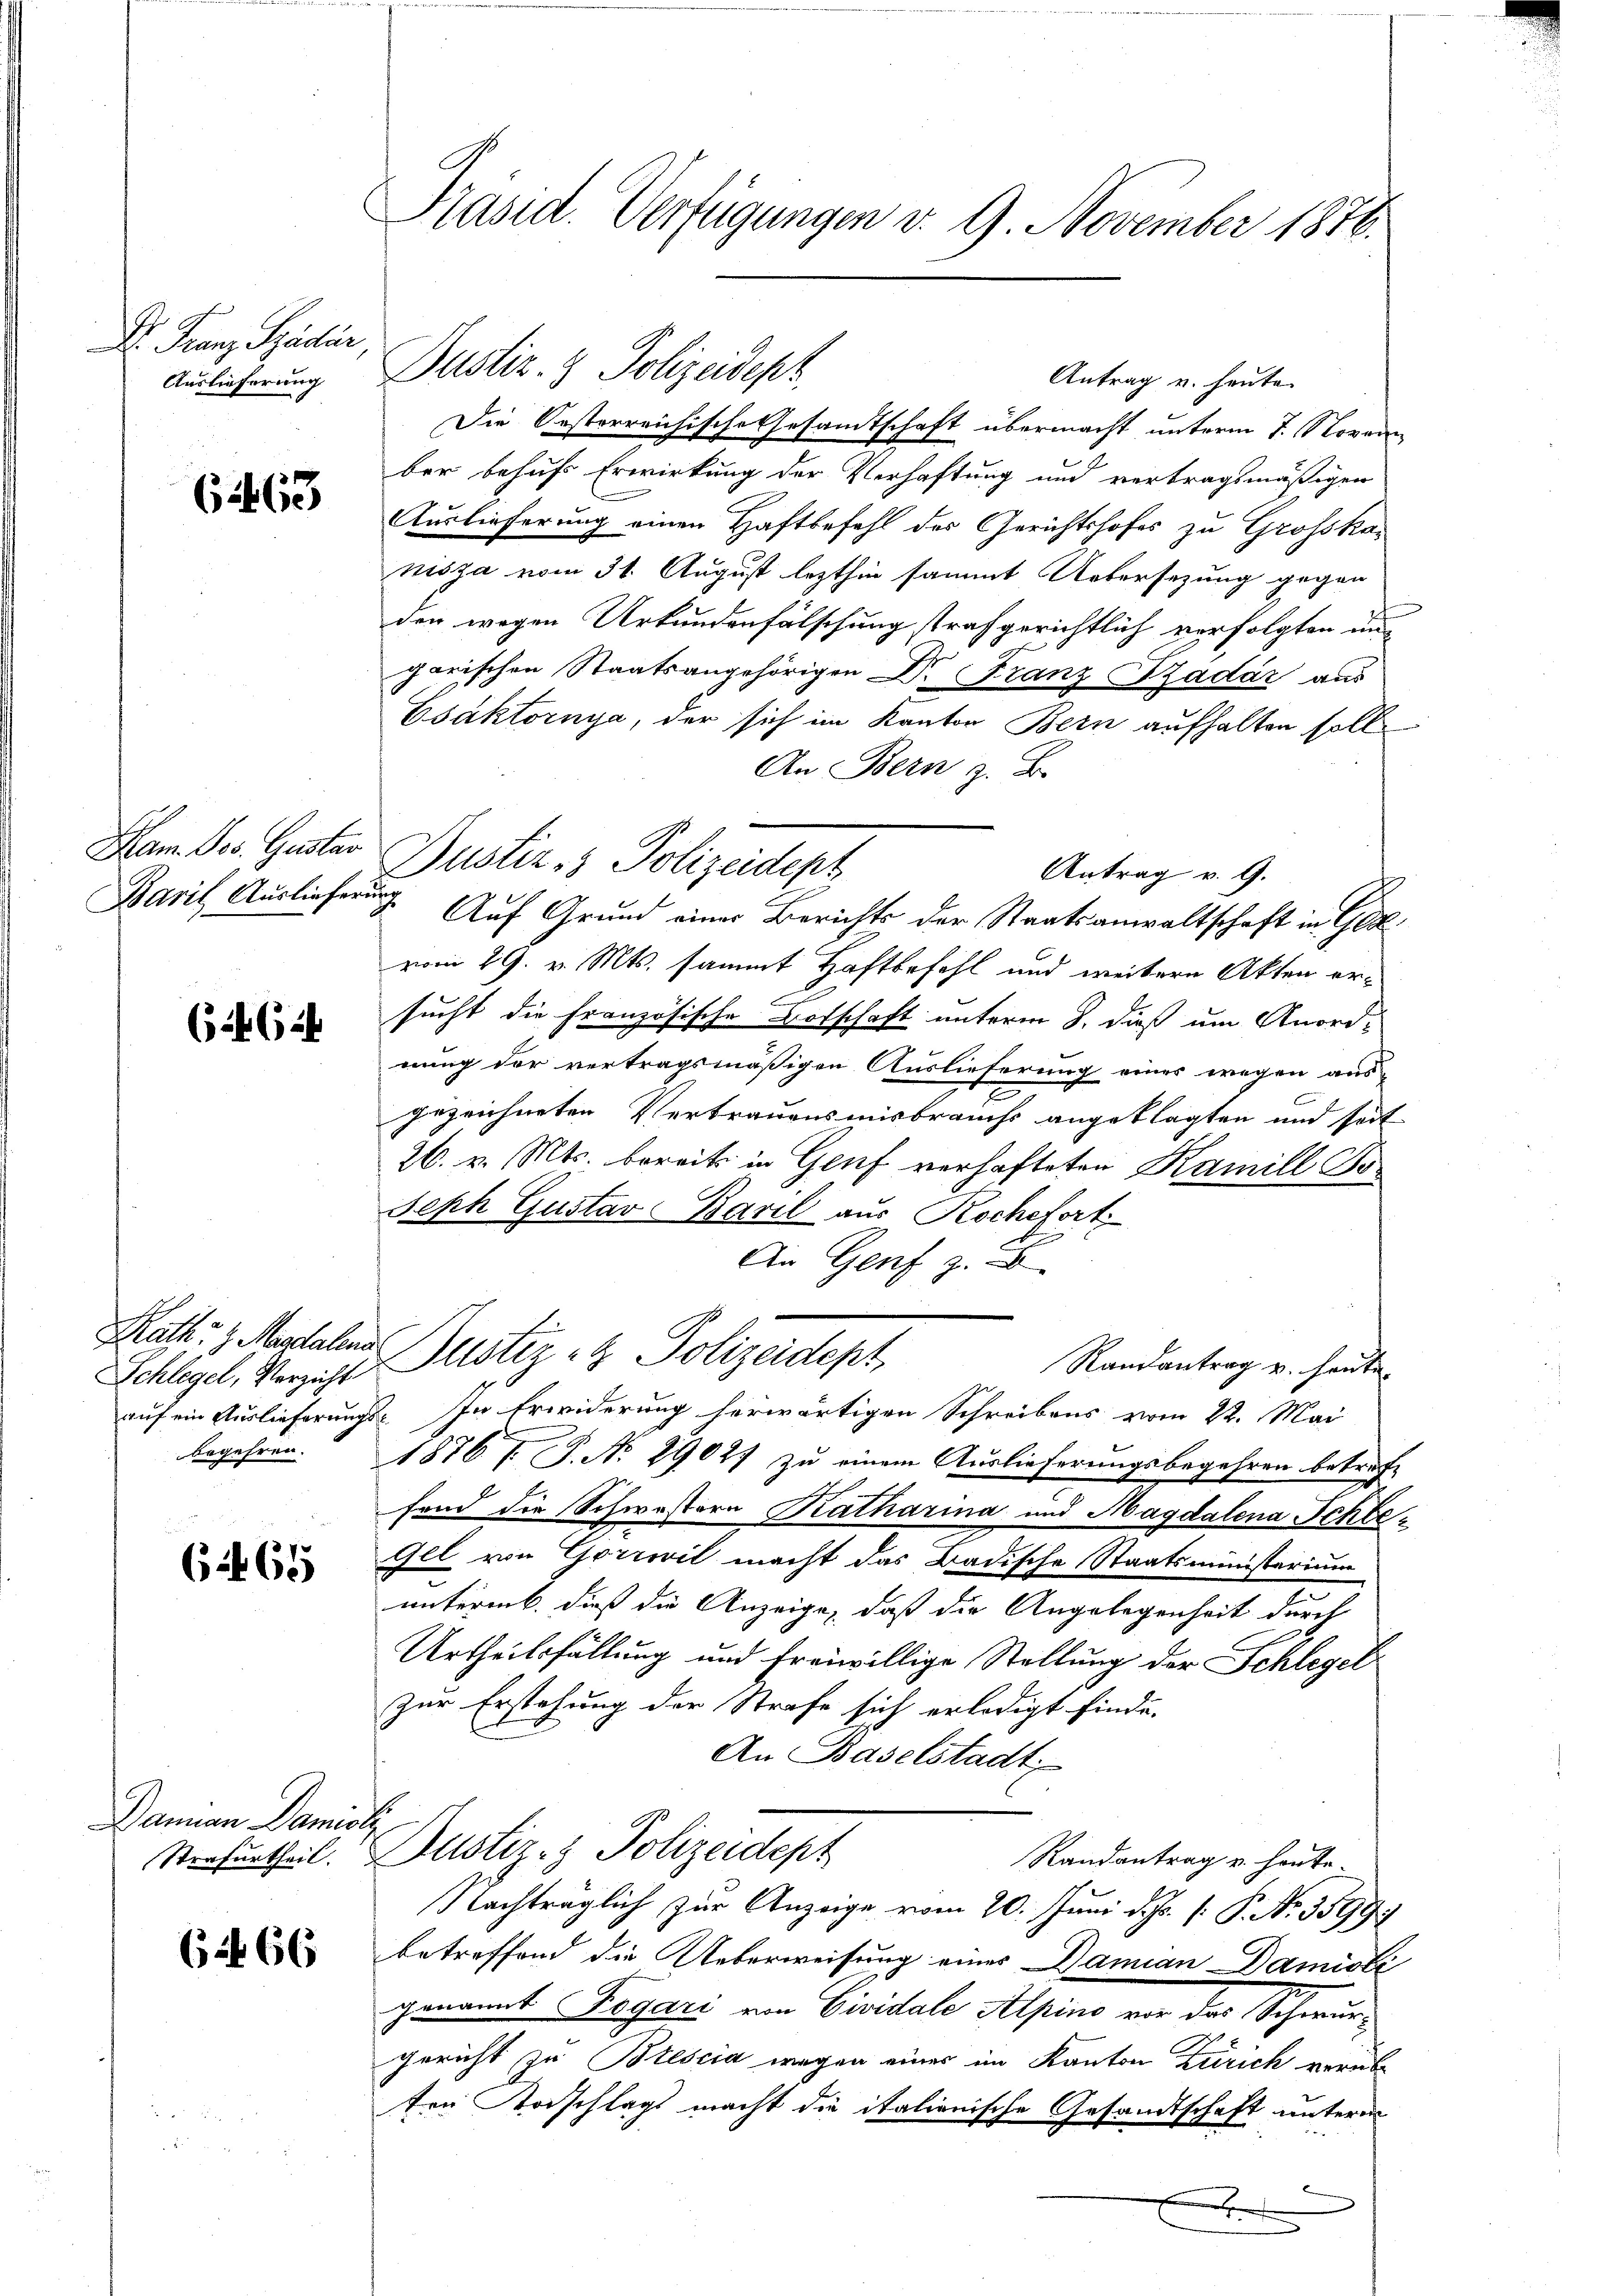
Dr. Franz Späder,
Auslieferung

61463

Ham. Jos. Gustar
Baril, Ausliefer

6462

Schlegel, Verzicht

6 rt 65

Damian Damial

( 266

Präsid. Verfügungen v. 9. November 1876.

Die Oesterreichische Gesamtschaft übermacht unterm 7. Novem
ber behufs Erwirkung der Verhaftung und vertragsmäßigen
Auslieferung einen Haftbefehl des Gerichtshofes zu Grosskanisza vom 31. August lezthin sammt Uebersezung gegen
den wegen Urkundenfälschung strafgerichtlich verfolgten ungarischen Staatsangehörigen Dr. Franz-Zzadar aus
Esaktornya, der sich im Kanton Bern aufhalten soll.
An Bern z. B.
. Auf Grund einer Berichts der Staatsanwaltschaft in Ged
vom 29. v. Mts. sammt Haftbefohl und weitere Akten ersucht die französische Botschaft unterm 8. dieß um Anordnung der vertragsmäßigen Auslieferung eines wegen aus-
gezeichneten Vertrauensmisbrauchs angeklagten und seit
26. v. Mts. bereits in Genf verhafteten Kamill Bo¬
Seph Gustav Baril aus Kochefort
An Genf
Rath- & Metalen Justiz & Polizeidept
Randantrag u. heute.
auf ein Auslieferungs- In Erwiderung herwärtigen Schreibens vom 22. Mai
begehren. 1876 f. J. No 29027 zu einem Auslieferungsbegehren betref-
fend die Schwestern Katharina und Magdalena Schle¬
Gel von Gorrovil macht das Badische Staatsministerium
untermb. dieß die Anzeige, daß die Angelegenheit durch
Urtheilsfällung und freiwillige Stellung der Schlegel
Zur Erstehung der Strafe sich erledigt finde.
An Baselstadt
s
Serfurtheil. Justiz- & Polizeidept
Randantrag u. heute.
Nachträglich zur Anzeige vom 20. Juni d. Js. [ P. Nr. 3599
betreffend die Ueberweisung eines Damian Damisli
genannt Ragari von Civitale Alpino vor der Schwurgericht zu Brescia wegen eines im Kanton Zürich verübe
ten Vorschlags macht die italienische Gesandtschaft unterm
6
E

Dustiz- & Polizeidepz

Justiz- & Polizeidept
Antrag v. 9.

Antrag u. heute